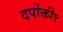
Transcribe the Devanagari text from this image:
दर्पोक्ती९